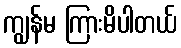
ကျွန်မ ကြားမိပါတယ်